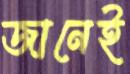
জানেই